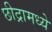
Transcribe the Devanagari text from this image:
छीद्रामध्ये